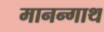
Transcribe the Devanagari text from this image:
मानन्गाथ